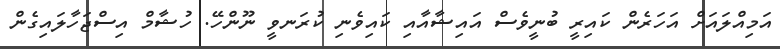
އަމިއްލައަށް އަހަރެން ކައިރީ ބުނީވެސް އައިޝާއާއި ކައިވެނި ކުރަނވީ ނޫންހޭ. ހުޝާމް އިސްޖަހާލައިގެން